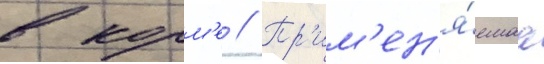
в корм'е // Пр'им'ен'я́емаа